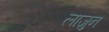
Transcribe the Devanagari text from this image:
लाजुन